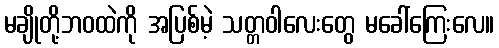
မချိုတို့ဘဝထဲကို အပြစ်မဲ့ သတ္တဝါလေးတွေ မခေါ်ကြေးလေ။